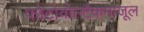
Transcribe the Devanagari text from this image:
फोटोवोल्टैकमाजूल